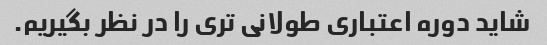
شاید دوره اعتباری طولانی تری را در نظر بگیریم.